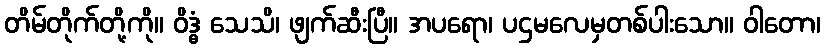
တိမ်တိုက်တို့ကို။ ဝိဒ္ဓံ သေသိ၊ ဖျက်ဆီးပြီ။ အပရော၊ ပဌမလေမှတစ်ပါးသော။ ဝါတော၊